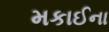
મકાઈના